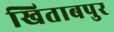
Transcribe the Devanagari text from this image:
खिताबपुर